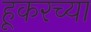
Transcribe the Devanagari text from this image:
हूकरच्या